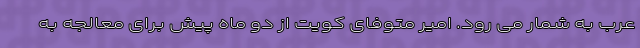
عرب به شمار می رود. امیر متوفای کویت از دو ماه پیش برای معالجه به